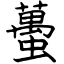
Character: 蠆